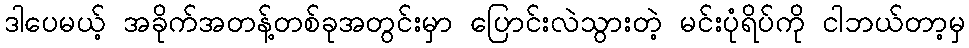
ဒါပေမယ့် အခိုက်အတန့်တစ်ခုအတွင်းမှာ ပြောင်းလဲသွားတဲ့ မင်းပုံရိပ်ကို ငါဘယ်တာ့မှ